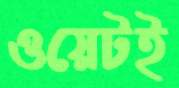
ওয়েটই